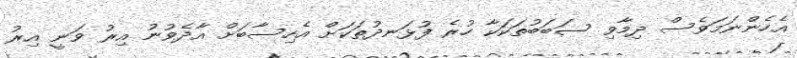
އެހެންނަމަވެސް ދިމާވި ސަބަބުތަކަކާ ހުރެ ފުޅަނދުތަކަށް އެހިސާބަށް އާދެވުނު އިރު ވަނީ އިރު